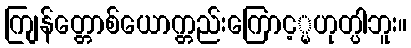
ကျြန်တ္တောစ်ယောက္တည်းကြောင့္မဟုတ္ပါဘူး။